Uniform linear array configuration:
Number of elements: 12
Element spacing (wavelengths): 0.5
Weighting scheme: exponential
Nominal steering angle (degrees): -45
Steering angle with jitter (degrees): -45.877
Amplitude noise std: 0.05
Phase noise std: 0.05

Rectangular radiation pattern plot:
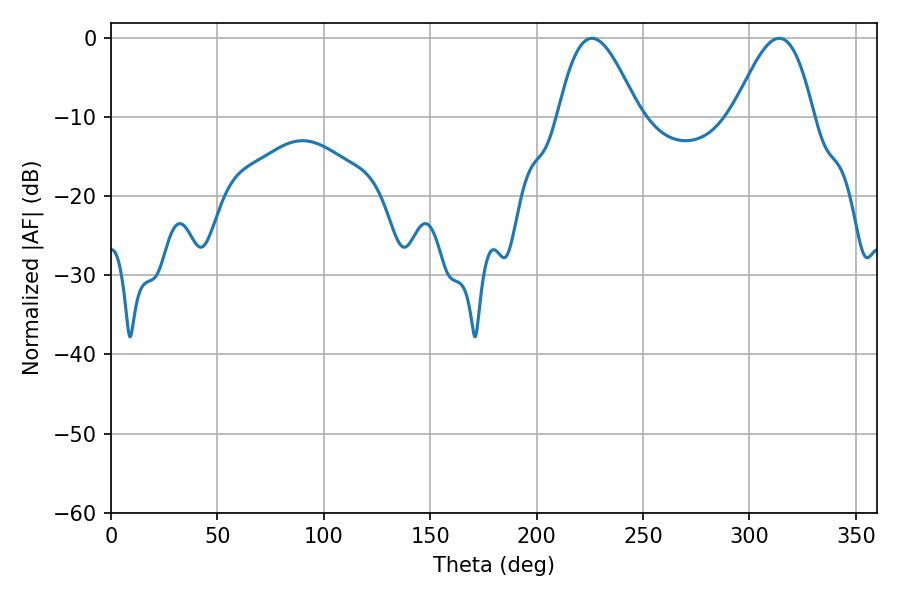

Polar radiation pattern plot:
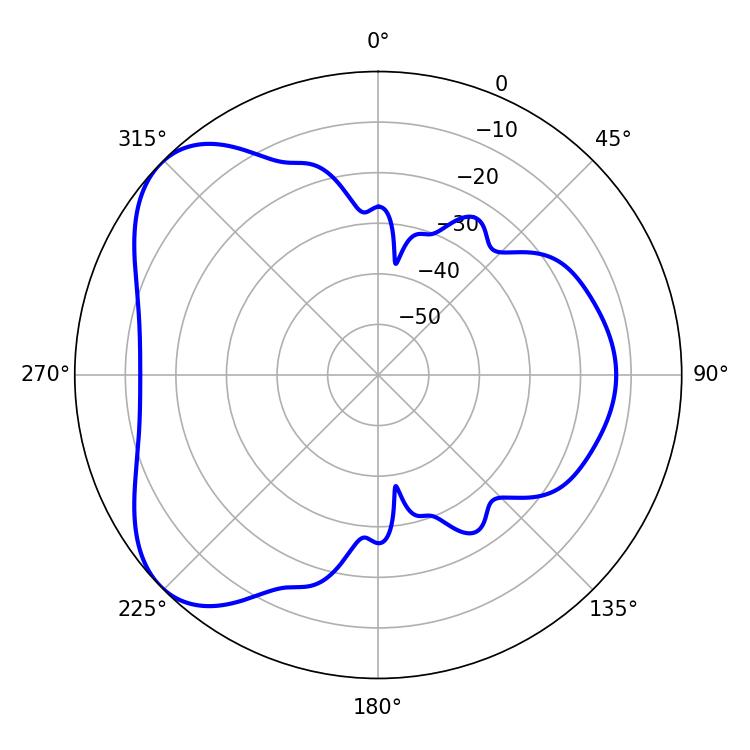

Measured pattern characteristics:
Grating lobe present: FALSE
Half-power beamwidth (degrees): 20.34
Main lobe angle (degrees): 313.92